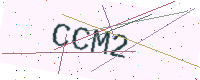
Text: CCM2